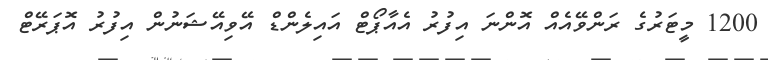
1200 މީޓަަރުގެ ރަންވޭއެއް އޮންނަ އިފުރު އެއާޕޯޓް އައިލެންޑް އޭވިއޭޝަނުން އިފުރު އޮޕަރޭޓް